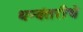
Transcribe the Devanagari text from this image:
धन्वंतरीचे